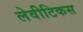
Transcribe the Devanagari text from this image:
लेवीटिकस